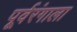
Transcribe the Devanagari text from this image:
पूर्वरंगाला